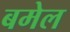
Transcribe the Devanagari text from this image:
बमेल